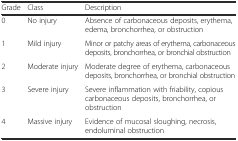
<table><thead><tr><td><b>Grade</b></td><td><b>Class</b></td><td><b>Description</b></td></tr></thead><tbody><tr><td>0</td><td>No injury</td><td>Absence of carbonaceous deposits, erythema, edema, bronchorrhea, or obstruction</td></tr><tr><td>1</td><td>Mild injury</td><td>Minor or patchy areas of erythema, carbonaceous deposits, bronchorrhea, or bronchial obstruction</td></tr><tr><td>2</td><td>Moderate injury</td><td>Moderate degree of erythema, carbonaceous deposits, bronchorrhea, or bronchial obstruction</td></tr><tr><td>3</td><td>Severe injury</td><td>Severe inflammation with friability, copious carbonaceous deposits, bronchorrhea, or obstruction</td></tr><tr><td>4</td><td>Massive injury</td><td>Evidence of mucosal sloughing, necrosis, endoluminal obstruction</td></tr></tbody></table>